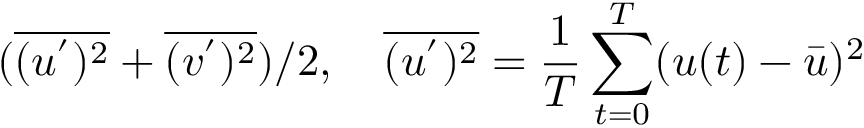
( \overline { { ( u ^ { ' } ) ^ { 2 } } } + \overline { { ( v ^ { ' } ) ^ { 2 } } } ) / 2 , \quad \overline { { ( u ^ { ' } ) ^ { 2 } } } = \frac { 1 } { T } \sum _ { t = 0 } ^ { T } ( u ( t ) - \bar { u } ) ^ { 2 }